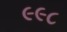
૯૯૮